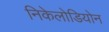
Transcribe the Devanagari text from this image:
निकेलोडियोन